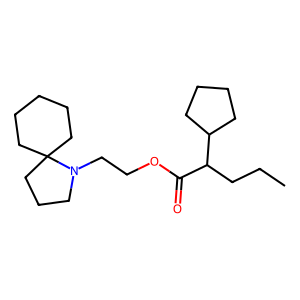
SMILES: CCCC(C(=O)OCCN1CCCC12CCCCC2)C1CCCC1
Inhibits HIV replication: No